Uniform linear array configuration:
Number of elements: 64
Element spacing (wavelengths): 1
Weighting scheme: exponential
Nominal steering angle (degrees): -60
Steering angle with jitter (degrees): -58.002
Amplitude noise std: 0.05
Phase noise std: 0.05

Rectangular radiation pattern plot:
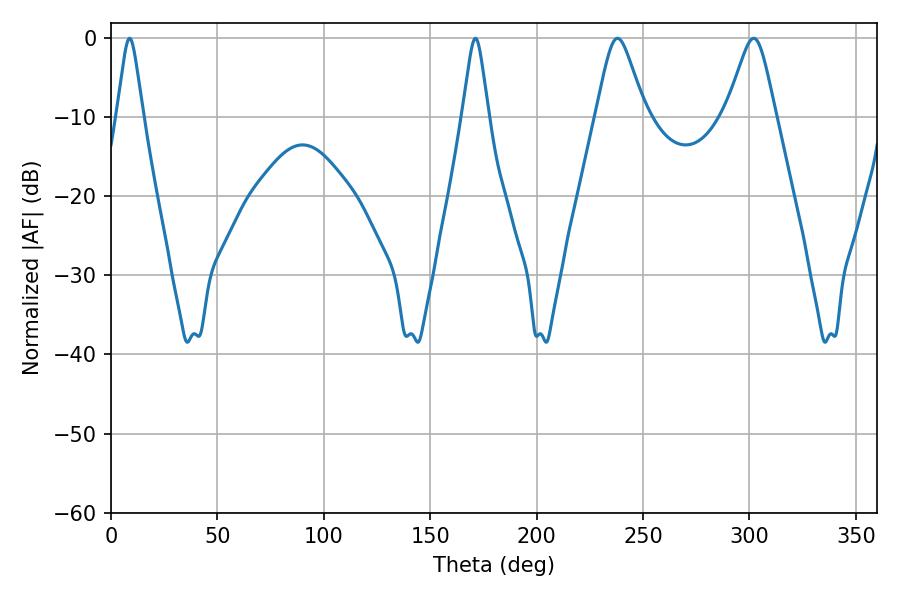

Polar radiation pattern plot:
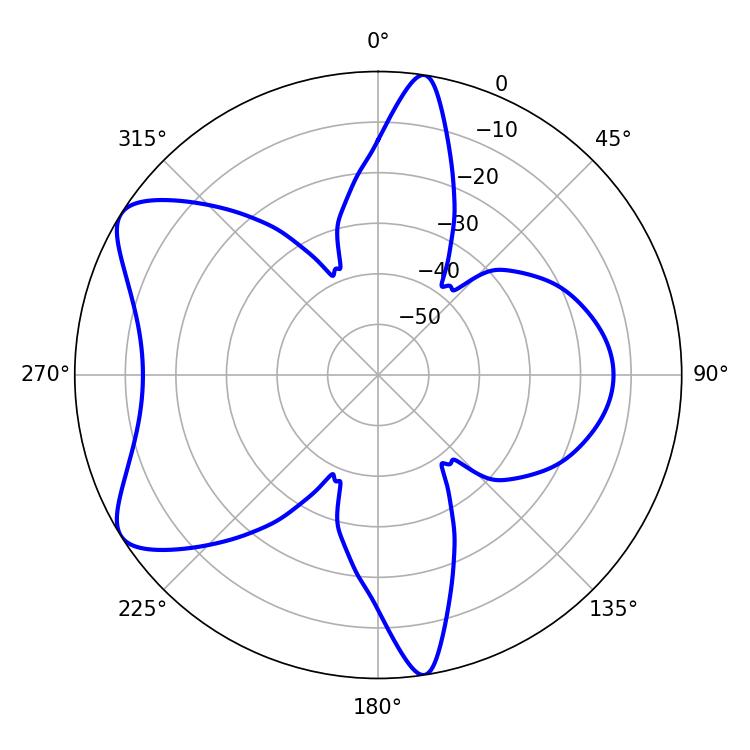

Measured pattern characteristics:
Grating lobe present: TRUE
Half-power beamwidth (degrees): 10.98
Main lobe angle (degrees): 237.96